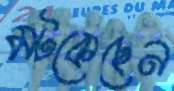
মট্‌কেছেন